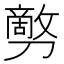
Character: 𰅇